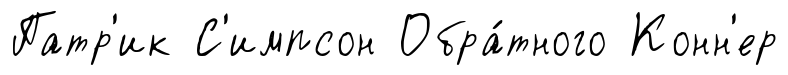
Патр'ик С'импсон Обра́тного Конн'ер